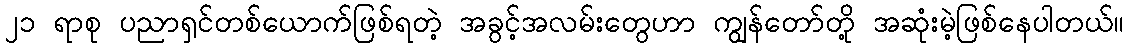
၂၁ ရာစု ပညာရှင်တစ်ယောက်ဖြစ်ရတဲ့ အခွင့်အလမ်းတွေဟာ ကျွန်တော်တို့ အဆုံးမဲ့ဖြစ်နေပါတယ်။